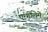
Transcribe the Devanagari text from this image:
एन्गोलेमे